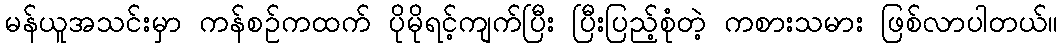
မန်ယူအသင်းမှာ ကန်စဉ်ကထက် ပိုမိုရင့်ကျက်ပြီး ပြီးပြည့်စုံတဲ့ ကစားသမား ဖြစ်လာပါတယ်။